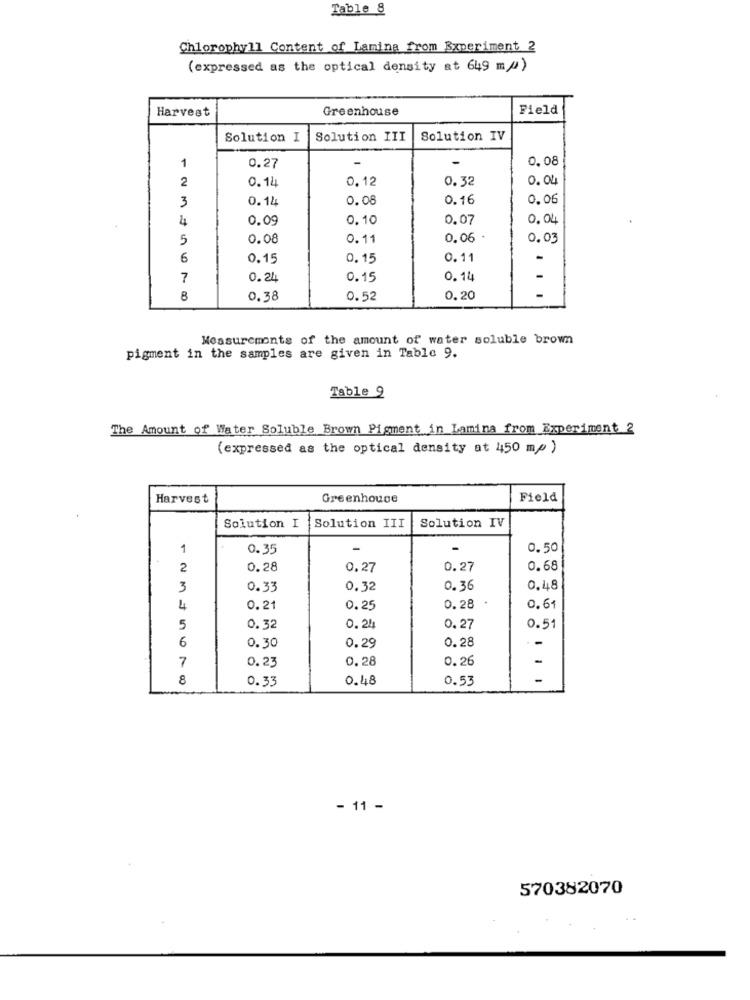
Table 8
Chlorophyll Content of Lamina from Experiment 2
(expressed as the optical density at 649 m/)
Harvest
Greenhouse
Field
Solution I
Solution III
Solution IV
0.08
1
0.27
2
0.14
0.12
0.32
0. 04
0.14
0.08
0.16
0.06
3
4
0.09
0.10
0.07
0.04
5
0.08
0.11
0.06
0.03
6
0.15
0.15
0.11
-
7
0.24
0.15
0.14
-
8
0.38
0.52
0.20
Measurements of the amount of water soluble brown
pigment in the samples are given in Table 9.
Table 9
The Amount of Water Soluble Brown Pigment in Lamina from Experiment 2
(expressed as the optical density at 450 mp )
Harvest
Greenhouse
Field
Solution IV
Solution I
Solution III
1
0.35
0.50
2
0.28
0,27
0.27
0.68
3
0.33
0.32
0.36
0.48
4
0.21
0.25
0.28
0.61
5
0.32
0.24
0.27
0.51
6
0.30
0.28
-
0.29
7
0.23
0.28
0.26
-
8
0.33
0.48
0.53
- 11 -
570382070